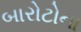
બારોટોના